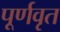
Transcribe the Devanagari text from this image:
पूर्णवृत